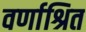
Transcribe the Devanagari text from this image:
वर्णाश्रित